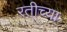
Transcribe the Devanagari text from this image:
रतीच्या